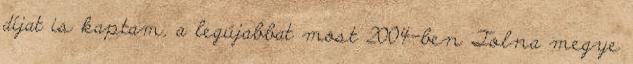
díjat is kaptam, a legújabbat most 2004-ben Tolna megye